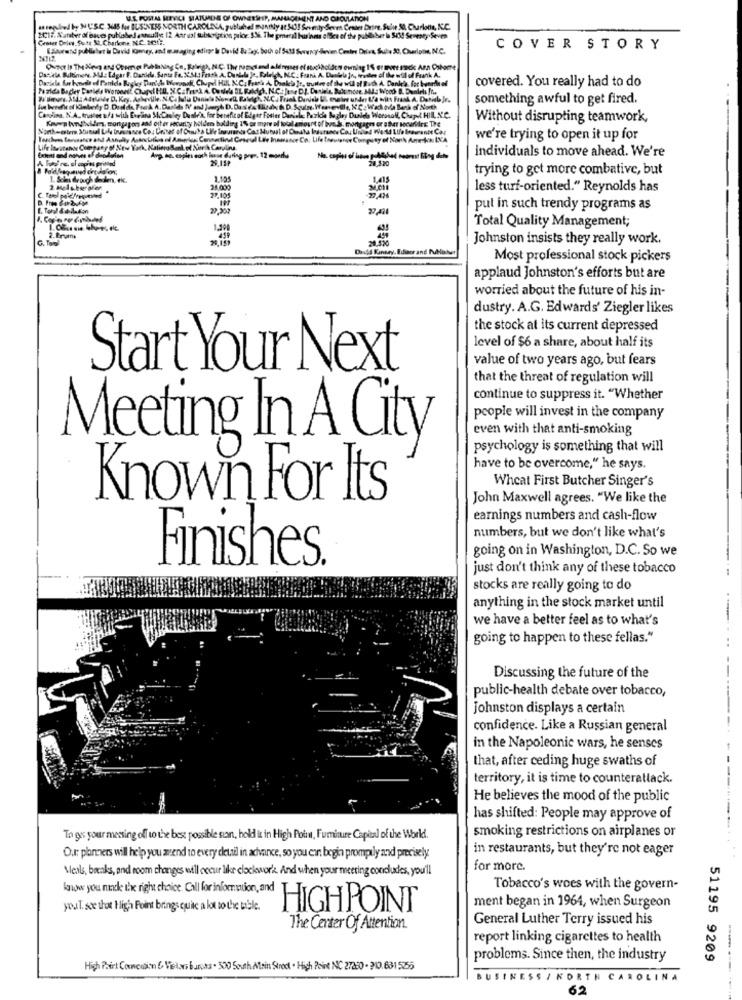
U.E. POSTAL SERVICE STATUMENE OF OWNERSHIP, MANAGEMENT AND CICULATION
astepdel ty NUSC. 188 fue BUSINESS NORTH CAROLINA, publuhel monthly at 50! Seventy Seret Center Drive, Sulle 5, Charlotte, NC.C.
2017. Natster of baces publobed estoully; 12 Aar ust subscription prior. 536. The general business ofSee of the publicbuer is SI! Seventy Seven
Crater Dring, futt &. Charkone. N.C. 201.
COVER STORY
Dassela Baltimore, Md .: Edgar F. Daniele, Santa Fe. 12.M .: Feask A. Dunkel Je, Balelch, N.C. Frank A. Dankla In, trathese of the will of Frank A.
covered. You really had to do
something awful to get fired.
Carolina. N.A. trustee ufa with Evrana ScChley Dushe's, for benefit of Elger Foster Daniela, Pozice Begley Dualles Wornok, Chpet HIL, N'C.
Kavwp bordholden, mortgagers and other security holden baldling 1% or more of total amount of bved, mortgage or aber tocaridre The
Without disrupting teamwork,
North-esters Mutual Lahe Drumsince Co: Unpat of Ciska Life Insurance Cat Hutust of Cinaha Insurance Co. United World Life Isantt Coz
we're trying to open it up for
Life Itratande Company of New York, KatieroSent of Mark Carling
A lad're, alep't printed
Avp. me. espiri euch issue during poen, 12 months
29.13P
28.320
individuals to move ahead. We're
trying to get more combative, but
1. Schadeauch dealen, OK.
28.000
less turf-oriented." Reynolds has
27.105
29,902
put in such trendy programs as
Total Quality Management;
Johnston insists they really work.
Most professional stock pickers
applaud Johnston's efforts but are
worried about the future of his in-
dustry. A.G. Edwards' Ziegler likes
the stock at its current depressed
level of $6 a share, about half its
value of two years ago, but fears
Start Your Next
that the threat of regulation will
continue to suppress it. "Whether
people will invest in the company
even with that anti-smoking
Meeting In A City
psychology is something that will
have to be overcome," he says.
Wheat First Butcher Singer's
Known For Its
John Maxwell agrees. "We like the
earnings numbers and cash-flow
numbers, but we don't like what's
going on in Washington, D.C. So we
Finishes.
just don't think any of these tobacco
stocks are really going to do
anything in the stock market until
we have a better feel as to what's
going to happen to these fellas."
Discussing the future of the
public-health debate over tobacco,
Johnston displays a certain
confidence. Like a Russian general
in the Napoleonic wars, he senses
that, after ceding huge swaths of
territory, it is time to counteratlack.
He believes the mood of the public
has shifted: People may approve of
smoking restrictions on airplanes or
To gs your messing off to the best possible sun, hold it in High Point, Furniture Capital of the World.
in restaurants, but they're not eager
Our: planners wil help you arend to every detail in achance, so you ear: begin promptly and precisely
Mleals, breaks, and room changes will occur like clockwork. And when your meeting condudes, you'll
for more.
know you rock the right choice. Call for information, and
Tobacco's woes with the govern-
yout. sce that High Point brings quite a lot to the table.
HIGH POINT
ment began in 1964, when Surgeon
General Luther Terry issued his
The Center Of Attention.
report linking cigarettes to health
problems. Since then, the industry
51195 9209
High Pairt Concubin & Wielers 6units . 500 South Main Street . High Point NC 27220 . 310.631525
BUSINESS / NORTH CAROLINA
62